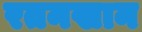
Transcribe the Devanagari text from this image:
रतनखान